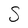
Character: S